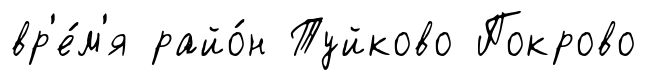
вр'е́м'я райо́н Туйково Покрово